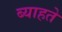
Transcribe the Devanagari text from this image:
ब्याहते